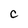
Character: C